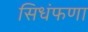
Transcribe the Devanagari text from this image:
सिधंफणा